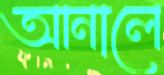
আনালে